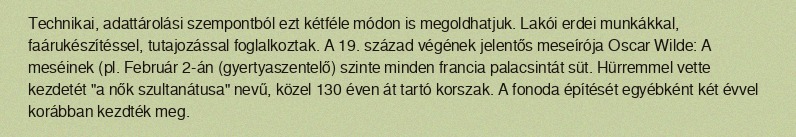
Technikai, adattárolási szempontból ezt kétféle módon is megoldhatjuk. Lakói erdei munkákkal, faárukészítéssel, tutajozással foglalkoztak. A 19. század végének jelentős meseírója Oscar Wilde: A meséinek (pl. Február 2-án (gyertyaszentelő) szinte minden francia palacsintát süt. Hürremmel vette kezdetét "a nők szultanátusa" nevű, közel 130 éven át tartó korszak. A fonoda építését egyébként két évvel korábban kezdték meg.